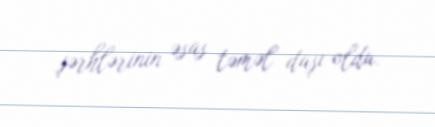
şərhlərinin əsas təməl daşı oldu.